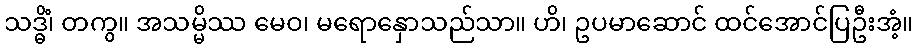
သဒ္ဓိံ၊ တကွ။ အသမ္မိဿ မေဝ၊ မရောနှောသည်သာ။ ဟိ၊ ဥပမာဆောင် ထင်အောင်ပြဦးအံ့။